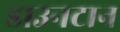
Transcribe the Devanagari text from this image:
डाउनटान